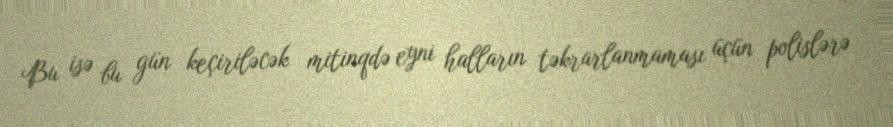
Bu isə bu gün keçiriləcək mitinqdə eyni halların təkrarlanmaması üçün polislərə